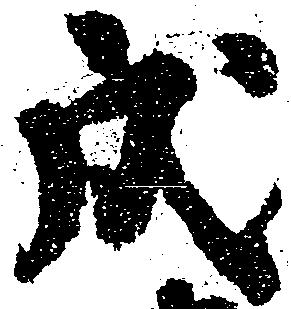
戌